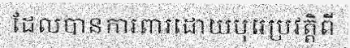
ដែលបានការពារដោយបុរេប្រវត្តិពី